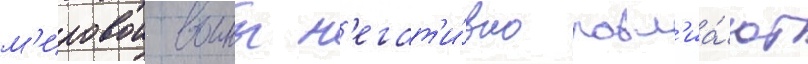
м'ировои воины н'егат'и́вно повл'иа́ют